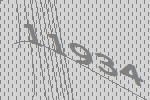
11934